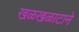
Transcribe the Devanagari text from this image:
खळखळाटाने